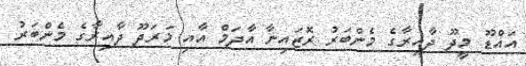
އައްޑޫ މީދޫ ދާާއިރާގެ މެންބަރު ރޮޒައިނާ އާދަމް އާއި މަރަދޫ ދާއިރާގެ މެންބަރު